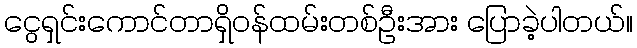
ငွေရှင်းကောင်တာရှိဝန်ထမ်းတစ်ဦးအား ပြောခဲ့ပါတယ်။